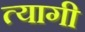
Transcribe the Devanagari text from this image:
त्‍यागी